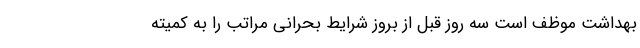
بهداشت موظف است سه روز قبل از بروز شرایط بحرانی مراتب را به کمیته